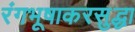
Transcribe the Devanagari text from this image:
रंगभूषाकरसुद्धा